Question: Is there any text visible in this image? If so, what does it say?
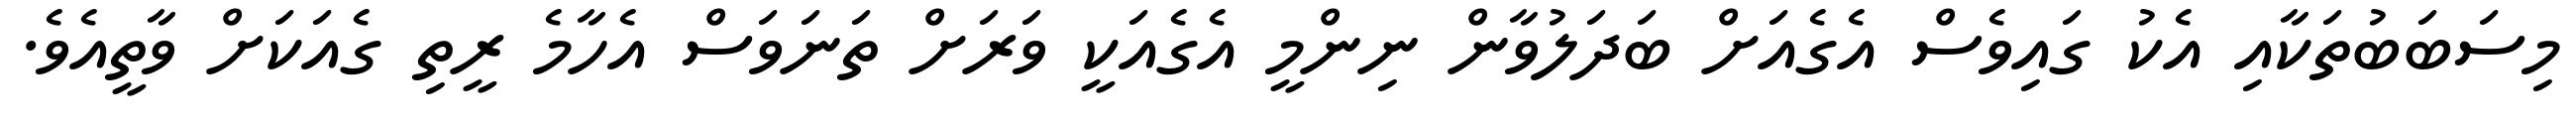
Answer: މިސަބަބުތަކާއި އެކު ގައިވެސް އެގެއަށް ބަދަލުވާން ނިންމީ އެގެއަކީ ވަރަށް ތަނަވަސް އެހާމެ ރީތި ގެއަކަށް ވާތީއެވެ.